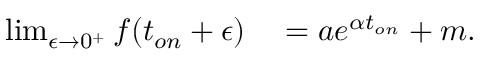
\begin{array} { r l } { \operatorname* { l i m } _ { \epsilon \to 0 ^ { + } } f ( t _ { o n } + \epsilon ) } & { { } = a e ^ { \alpha t _ { o n } } + m . } \end{array}